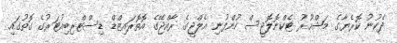
ދެކުނު ކޮރެޔާގެ މަޝްހޫރު ޓެކްނޮލޮޖީސް ކުންފުނި އެލްޖީގެ ރާއްޖޭގެ އޮތޮރައިޒްޑް ޑިސްޓްރިބިއުޓަރުގެ ގޮތުގައި